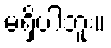
မရှိပါဘူး။